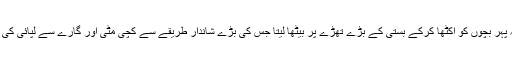
وہ سہ پہر بچوں کو اکٹھا کرکے بستی کے بڑے تھڑے پر بیٹھا لیتا جس کی بڑے شاندار طریقے سے کچی مٹی اور گارے سے لپائی کی ہوتی۔